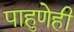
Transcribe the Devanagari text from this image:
पाहुणेही